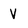
Character: V